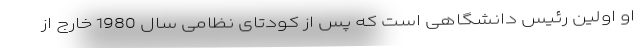
او اولین رئیس دانشگاهی است که پس از کودتای نظامی سال 1980 خارج از